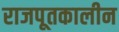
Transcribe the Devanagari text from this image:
राजपूतकालीन